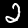
Digit: 2